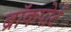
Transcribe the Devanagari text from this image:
ब्रॉकपोर्ट